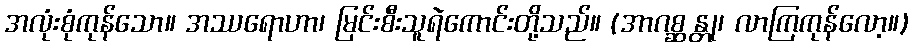
အလုံးစုံကုန်သော။ အဿရောဟာ၊ မြင်းစီးသူရဲကောင်းတို့သည်။ (အာဂစ္ဆန္တု၊ လာကြကုန်လော့။)